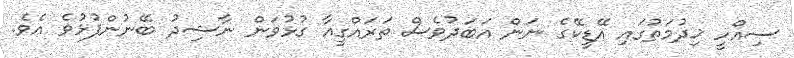
ސިއްހީ ޚިދުމަތުގައި އޭޑީކޭގެ ނަން އަބަދުވެސް ތަރައްގީއާ ގުޅުވަން ނާޝިދު ބޭނުންފުޅުވެ އެވެ.